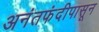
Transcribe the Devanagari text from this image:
अनंतफंदीपासून